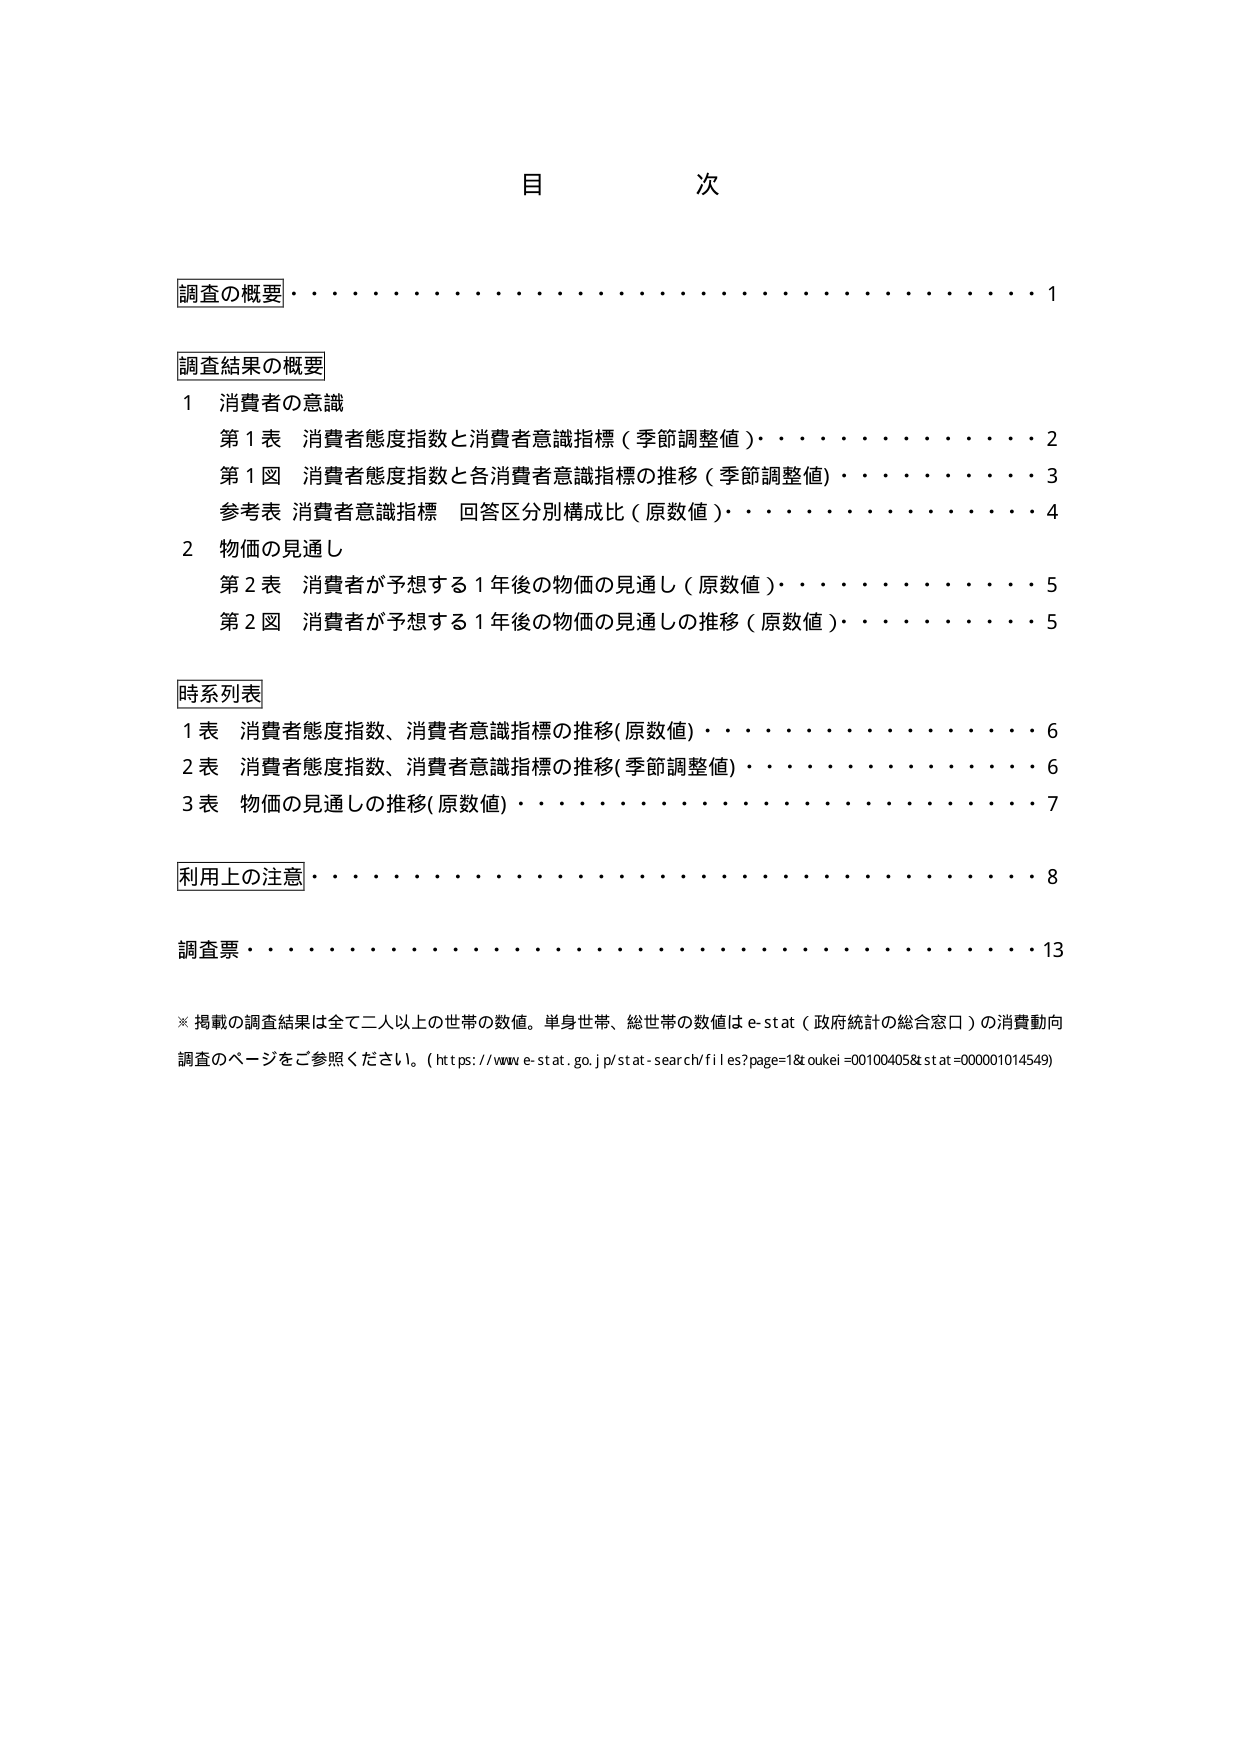
目 次

調査の概要・・・・・・・・・・・・・・・・・・・・・・・・・・・・・・・・・・・・1

調査結果の概要
1 消費者の意識
　第1表 消費者態度指数と消費者意識指標（季節調整値）・・・・・・・・・・・・2
　第1図 消費者態度指数と各消費者意識指標の推移（季節調整値）・・・・・・・・3
　参考表 消費者意識指標 回答区分別構成比（原数値）・・・・・・・・・・・・4
2 物価の見通し
　第2表 消費者が予想する1年後の物価の見通し（原数値）・・・・・・・・・・5
　第2図 消費者が予想する1年後の物価の見通しの推移（原数値）・・・・・・5

時系列表
1表 消費者態度指数、消費者意識指標の推移(原数値)・・・・・・・・・・・・6
2表 消費者態度指数、消費者意識指標の推移(季節調整値)・・・・・・・・・・6
3表 物価の見通しの推移(原数値)・・・・・・・・・・・・・・・・・・・・・・7

利用上の注意・・・・・・・・・・・・・・・・・・・・・・・・・・・・・・・・8

調査票・・・・・・・・・・・・・・・・・・・・・・・・・・・・・・・・・・・・13

※掲載の調査結果は全て二人以上の世帯の数値。単身世帯、総世帯の数値はe-stat（政府統計の総合窓口）の消費動向調査のページをご参照ください。(https://www.e-stat.go.jp/stat-search/files?page=1&oukei=00100405&stat=000001014549)